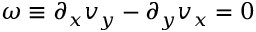
\omega \equiv \partial _ { x } v _ { y } - \partial _ { y } v _ { x } = 0